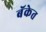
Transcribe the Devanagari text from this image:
बॅकेत